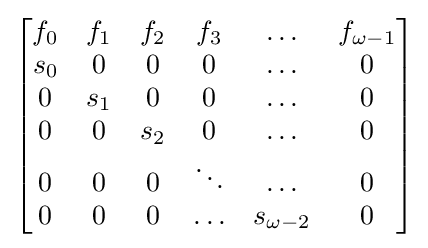
{\begin{bmatrix}f_{0}&f_{1}&f_{2}&f_{3}&\ldots &f_{\omega -1}\\s_{0}&0&0&0&\ldots &0\\0&s_{1}&0&0&\ldots &0\\0&0&s_{2}&0&\ldots &0\\0&0&0&\ddots &\ldots &0\\0&0&0&\ldots &s_{\omega -2}&0\end{bmatrix}}